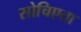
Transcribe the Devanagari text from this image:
सोचिएता